Sanitation, dispensaries and jails vaccination Rajputana 1922-1927 - 1922-1927
Year: 1922
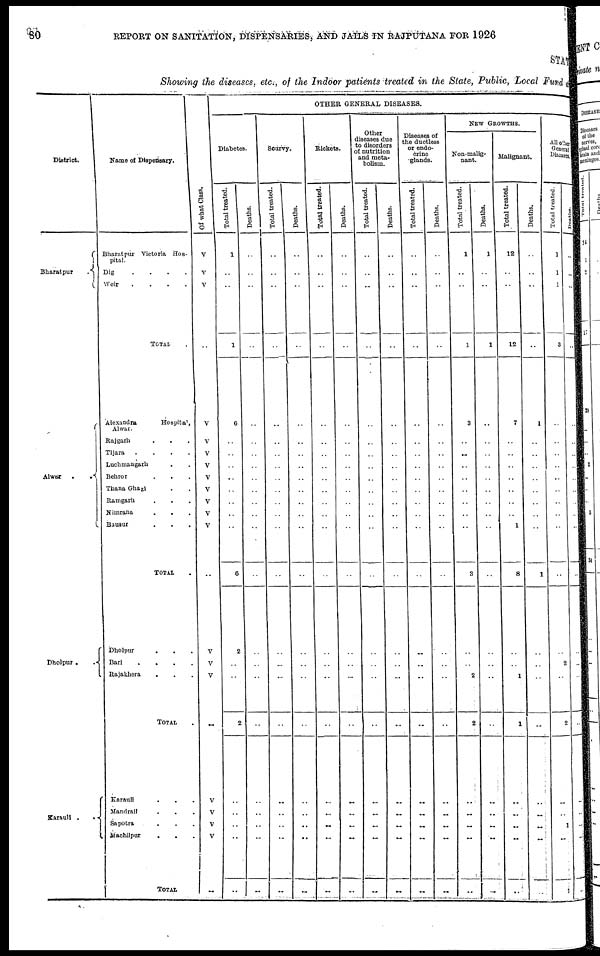
80
REPORT ON SANITATION, DISPENSARIES, AND JAILS IN RAJPUTANA FOR 1926
STAT
Showing the diseases, etc., of the Indoor patients treated in the State, Public, Local Fund and
District.
Bharatpur
.
Alwar
.
.
Dholpur..
Karauli
.
.
Name of Dispensary.
Bharatpur Victoria Hos-
pital.
Dig
.
.
.
.
Weir
.
.
.
.
TOTAL .
Alexandra
Hospita1,
Alwar.
Rajgarh ...
Tijara
.
.
.
.
Luchmangarh ..
Behror ...
Thana Ghazi ..
Ramgarh ...
Nimrana
...
Bausur ....
TOTAL .
Dholpur ...
Bari
.
.
.
.
Rajakhera ...
TOTAL .
Karauli ...
Mandrail
.
.
.
Sapotra ...
Machilpur
...
TOTAL
Of what Class.
V
V
V
..
V
V
V
V
V
V
V
V
V
..
V
V
V
..
V
V
V
V
..
OTHER GENERAL DISEASES.
Diabetes.
Total treated.
1
..
..
1
6
..
..
..
..
..
..
..
..
6
2
..
..
2
..
..
..
..
..
Deaths.
..
..
..
..
..
..
..
..
..
..
..
..
..
..
..
..
..
..
..
..
..
..
..
Scurvy.
Total treated.
..
..
..
..
..
..
..
..
..
..
..
..
..
..
..
..
..
..
..
..
..
..
..
Deaths.
..
..
..
..
..
..
..
..
..
..
..
..
..
..
..
..
..
..
..
..
..
..
..
Rickets.
Total treated.
..
..
..
..
..
..
..
..
..
..
..
..
..
..
..
..
..
..
..
..
..
..
..
Deaths.
..
..
..
..
..
..
..
..
..
..
..
..
..
..
..
..
..
..
..
..
..
..
..
Other
diseases due
to disorders
of nutrition
and meta-
bolism.
Total treated.
..
..
..
..
..
..
..
..
..
..
..
..
..
..
..
..
..
..
..
..
..
..
..
Deaths.
..
..
..
..
..
..
..
..
..
..
..
..
..
..
..
..
..
..
..
..
..
..
..
Diseases of
the ductless
or endo-
crine
glands.
Total treated.
..
..
..
..
..
..
..
..
..
..
..
..
..
..
..
..
..
..
..
..
..
..
..
Deaths.
..
..
..
..
..
..
..
..
..
..
..
..
..
..
..
..
..
..
..
..
..
..
..
NEW GROWTHS.
Non-malig-
nant.
Total treated.
1
..
..
1
3
..
..
..
..
..
..
..
..
3
..
..
2
2
..
..
..
..
..
Deaths.
1
..
..
1
..
..
..
..
..
..
..
..
..
..
..
..
..
..
..
..
..
..
..
Malignant.
Total treated.
12
..
..
12
7
..
..
..
..
..
..
..
1
8
..
..
1
1
..
..
..
..
..
Deaths.
..
..
..
..
1
..
..
..
..
..
..
..
..
1
..
..
..
..
..
..
..
..
..
All other
General
Diseases.
Total treated.
1
1
1
3
..
..
..
..
..
..
..
..
..
..
..
2
..
2
..
..
1
..
1
Deaths.
..
..
..
..
..
..
..
..
..
..
..
..
..
..
..
..
..
..
..
..
..
..
..